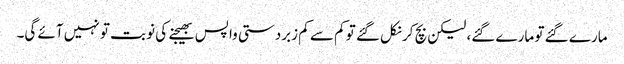
مارے گئے تو مارے گئے، لیکن بچ کر نکل گئے تو کم سے کم زبردستی واپس بھیجنے کی نوبت تو نہیں آئے گی۔